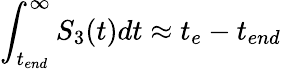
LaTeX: \int_{t_{end}}^{\infty}S_{3}(t)dt\approx t_{e}-t_{end}